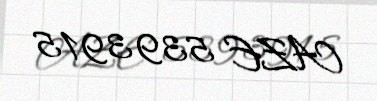
AZE 5393915